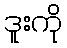
ဒူးကို